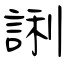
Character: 誗